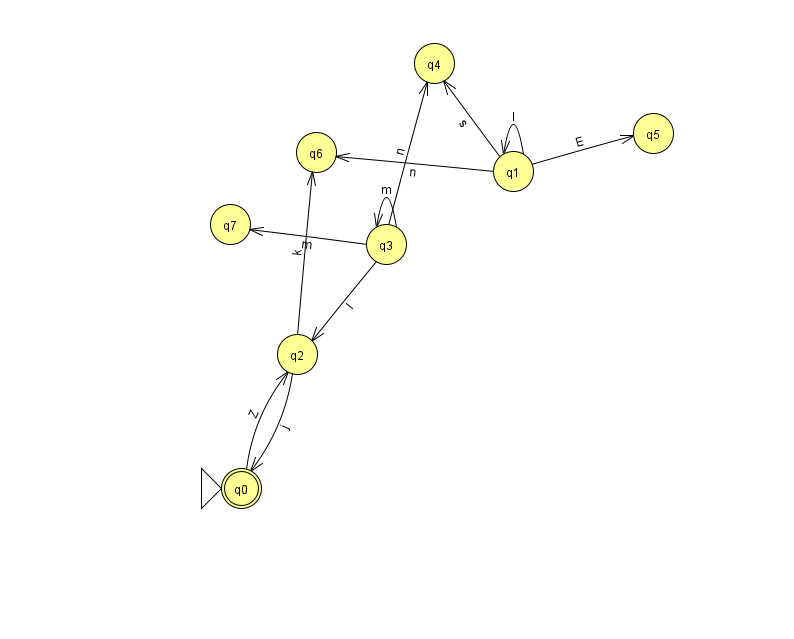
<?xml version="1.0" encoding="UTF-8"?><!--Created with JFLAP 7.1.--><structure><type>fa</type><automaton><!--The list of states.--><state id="0" name="q0"><x>241.0</x><y>475.0</y><initial/><final/></state><state id="1" name="q1"><x>513.0</x><y>158.0</y></state><state id="2" name="q2"><x>297.0</x><y>341.0</y></state><state id="3" name="q3"><x>386.0</x><y>231.0</y></state><state id="4" name="q4"><x>434.0</x><y>50.0</y></state><state id="5" name="q5"><x>653.0</x><y>120.0</y></state><state id="6" name="q6"><x>316.0</x><y>139.0</y></state><state id="7" name="q7"><x>230.0</x><y>211.0</y></state><!--The list of transitions.--><transition><from>1</from><to>5</to><read>E</read></transition><transition><from>1</from><to>4</to><read>s</read></transition><transition><from>3</from><to>2</to><read>l</read></transition><transition><from>3</from><to>4</to><read>n</read></transition><transition><from>3</from><to>7</to><read>m</read></transition><transition><from>0</from><to>2</to><read>Z</read></transition><transition><from>1</from><to>1</to><read>l</read></transition><transition><from>2</from><to>0</to><read>j</read></transition><transition><from>2</from><to>6</to><read>k</read></transition><transition><from>3</from><to>3</to><read>m</read></transition><transition><from>1</from><to>6</to><read>n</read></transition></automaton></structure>